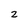
Character: 2